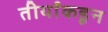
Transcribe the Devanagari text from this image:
तीर्थांकडून